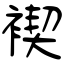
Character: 褉